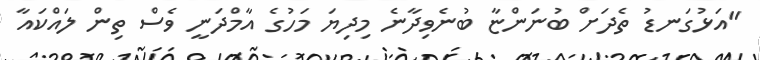
"އަޅުގަނޑު ތެދަށް ބުނަންޏާ ބުނެވިދާނެ މިދިޔަ މަހުގެ އާމްދަނީ ވެސް ތިން ލައްކައާ